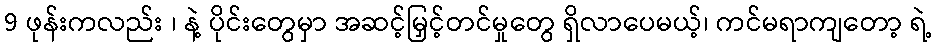
9 ဖုန်းကလည်း ၊ နဲ့ ပိုင်းတွေမှာ အဆင့်မြှင့်တင်မှုတွေ ရှိလာပေမယ့်၊ ကင်မရာကျတော့ ရဲ့